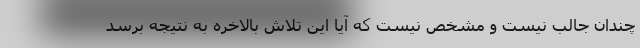
چندان جالب نیست و مشخص نیست که آیا این تلاش بالاخره به نتیجه برسد